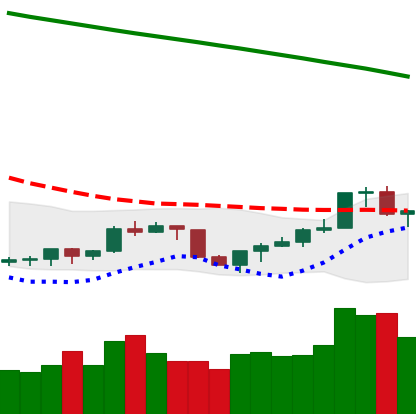
Ticker: NEO-USD
Chart end date: 2022-07-21
Forward return: -6.155%
Label: down_5_7